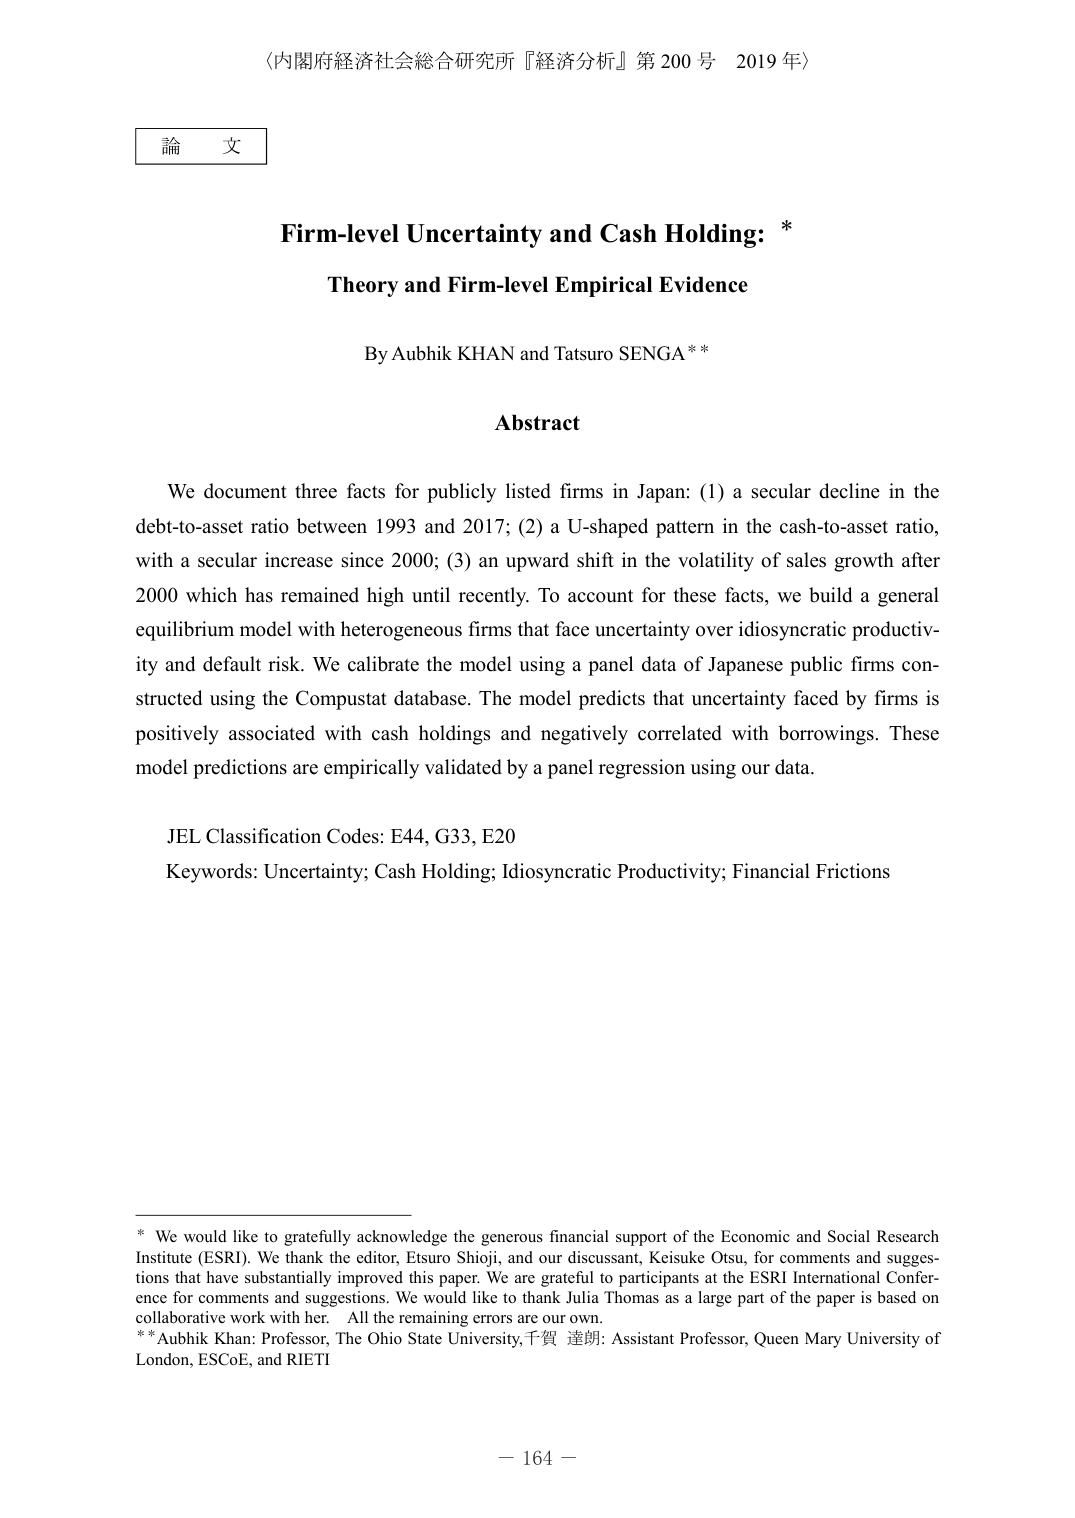
〈内閣府経済社会総合研究所『経済分析』第200号 2019年〉

論文

Firm-level Uncertainty and Cash Holding: *
Theory and Firm-level Empirical Evidence

By Aubhik KHAN and Tatsuro SENGA **

Abstract

We document three facts for publicly listed firms in Japan: (1) a secular decline in the debt-to-asset ratio between 1993 and 2017; (2) a U-shaped pattern in the cash-to-asset ratio, with a secular increase since 2000; (3) an upward shift in the volatility of sales growth after 2000 which has remained high until recently. To account for these facts, we build a general equilibrium model with heterogeneous firms that face uncertainty over idiosyncratic productivity and default risk. We calibrate the model using a panel data of Japanese public firms constructed using the Compustat database. The model predicts that uncertainty faced by firms is positively associated with cash holdings and negatively correlated with borrowings. These model predictions are empirically validated by a panel regression using our data.

JEL Classification Codes: E44, G33, E20
Keywords: Uncertainty; Cash Holding; Idiosyncratic Productivity; Financial Frictions

* We would like to gratefully acknowledge the generous financial support of the Economic and Social Research Institute (ESRI). We thank the editor, Etsuro Shioji, and our discussant, Keisuke Otsu, for comments and suggestions that have substantially improved this paper. We are grateful to participants at the ESRI International Conference for comments and suggestions. We would like to thank Julia Thomas as a large part of the paper is based on collaborative work with her. All the remaining errors are our own.
** Aubhik Khan: Professor, The Ohio State University, 千賀 達朗: Assistant Professor, Queen Mary University of London, ESCoE, and RIETI

－ 164 －